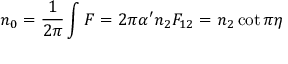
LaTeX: n _ { 0 } = { \frac { 1 } { 2 \pi } } \int F = 2 \pi \alpha ^ { \prime } n _ { 2 } F _ { 1 2 } = n _ { 2 } \cot \pi \eta